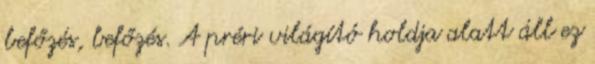
befőzés, befőzés. A préri világító holdja alatt áll ez